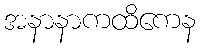
အနာနာကထိကေန